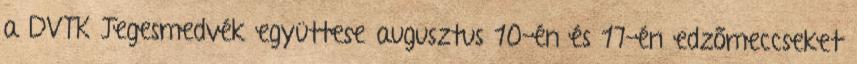
a DVTK Jegesmedvék együttese augusztus 10-én és 17-én edzőmeccseket